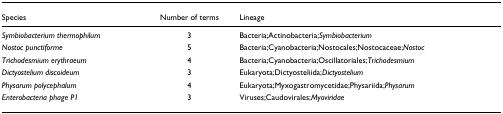
| Species | Number of terms | Lineage |
 | --- | --- | --- |
 | Symbiobacterium thermophilum | 3 | Bacteria;Actinobacteria;Symbiobacterium |
 | Nostoc punctiforme | 5 | Bacteria;Cyanobacteria;Nostocales;Nostocaceae;Nostoc |
 | Trichodesmium erythraeum | 4 | Bacteria;Cyanobacteria;Oscillatoriales;Trichodesmium |
 | Dictyostelium discoideum | 3 | Eukaryota;Dictyosteliida;Dictyostelium |
 | Physarum polycephalum | 4 | Eukaryota;Myxogastromycetidae;Physariida;Physarum |
 | Enterobacteria phage P1 | 3 | Viruses;Caudovirales;Myoviridae |